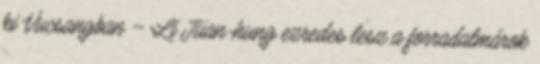
ki Vucsangban – Li Jüan-hung ezredes lesz a forradalmárok